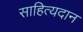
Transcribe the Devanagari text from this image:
साहित्यदान